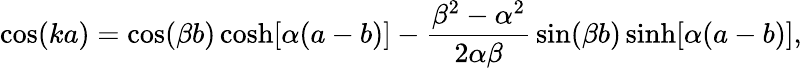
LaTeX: \cos(ka)=\cos(\beta b)\cosh[\alpha(a-b)]-{\frac{\beta^{2}-\alpha^{2}}{2\alpha\beta}}\sin(\beta b)\sinh[\alpha(a-b)],